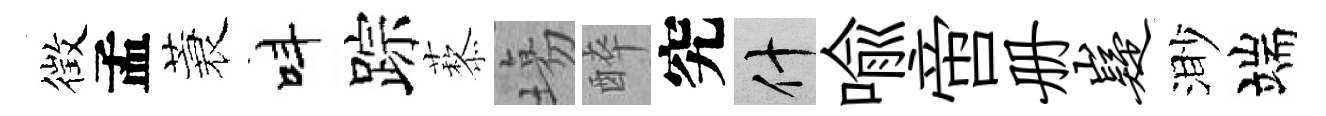
徴孟蓑呌踪藜塲醉究什喩啻册嶷渺端